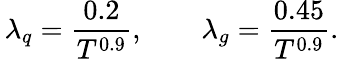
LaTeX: \, \lambda_{q}=\frac{0.2}{T^{0.9}},\qquad\lambda_{g}=\frac{0.45}{T^{0.9}}.